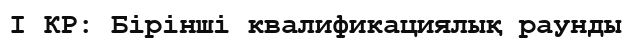
І КР: Бірінші квалификациялық раунды